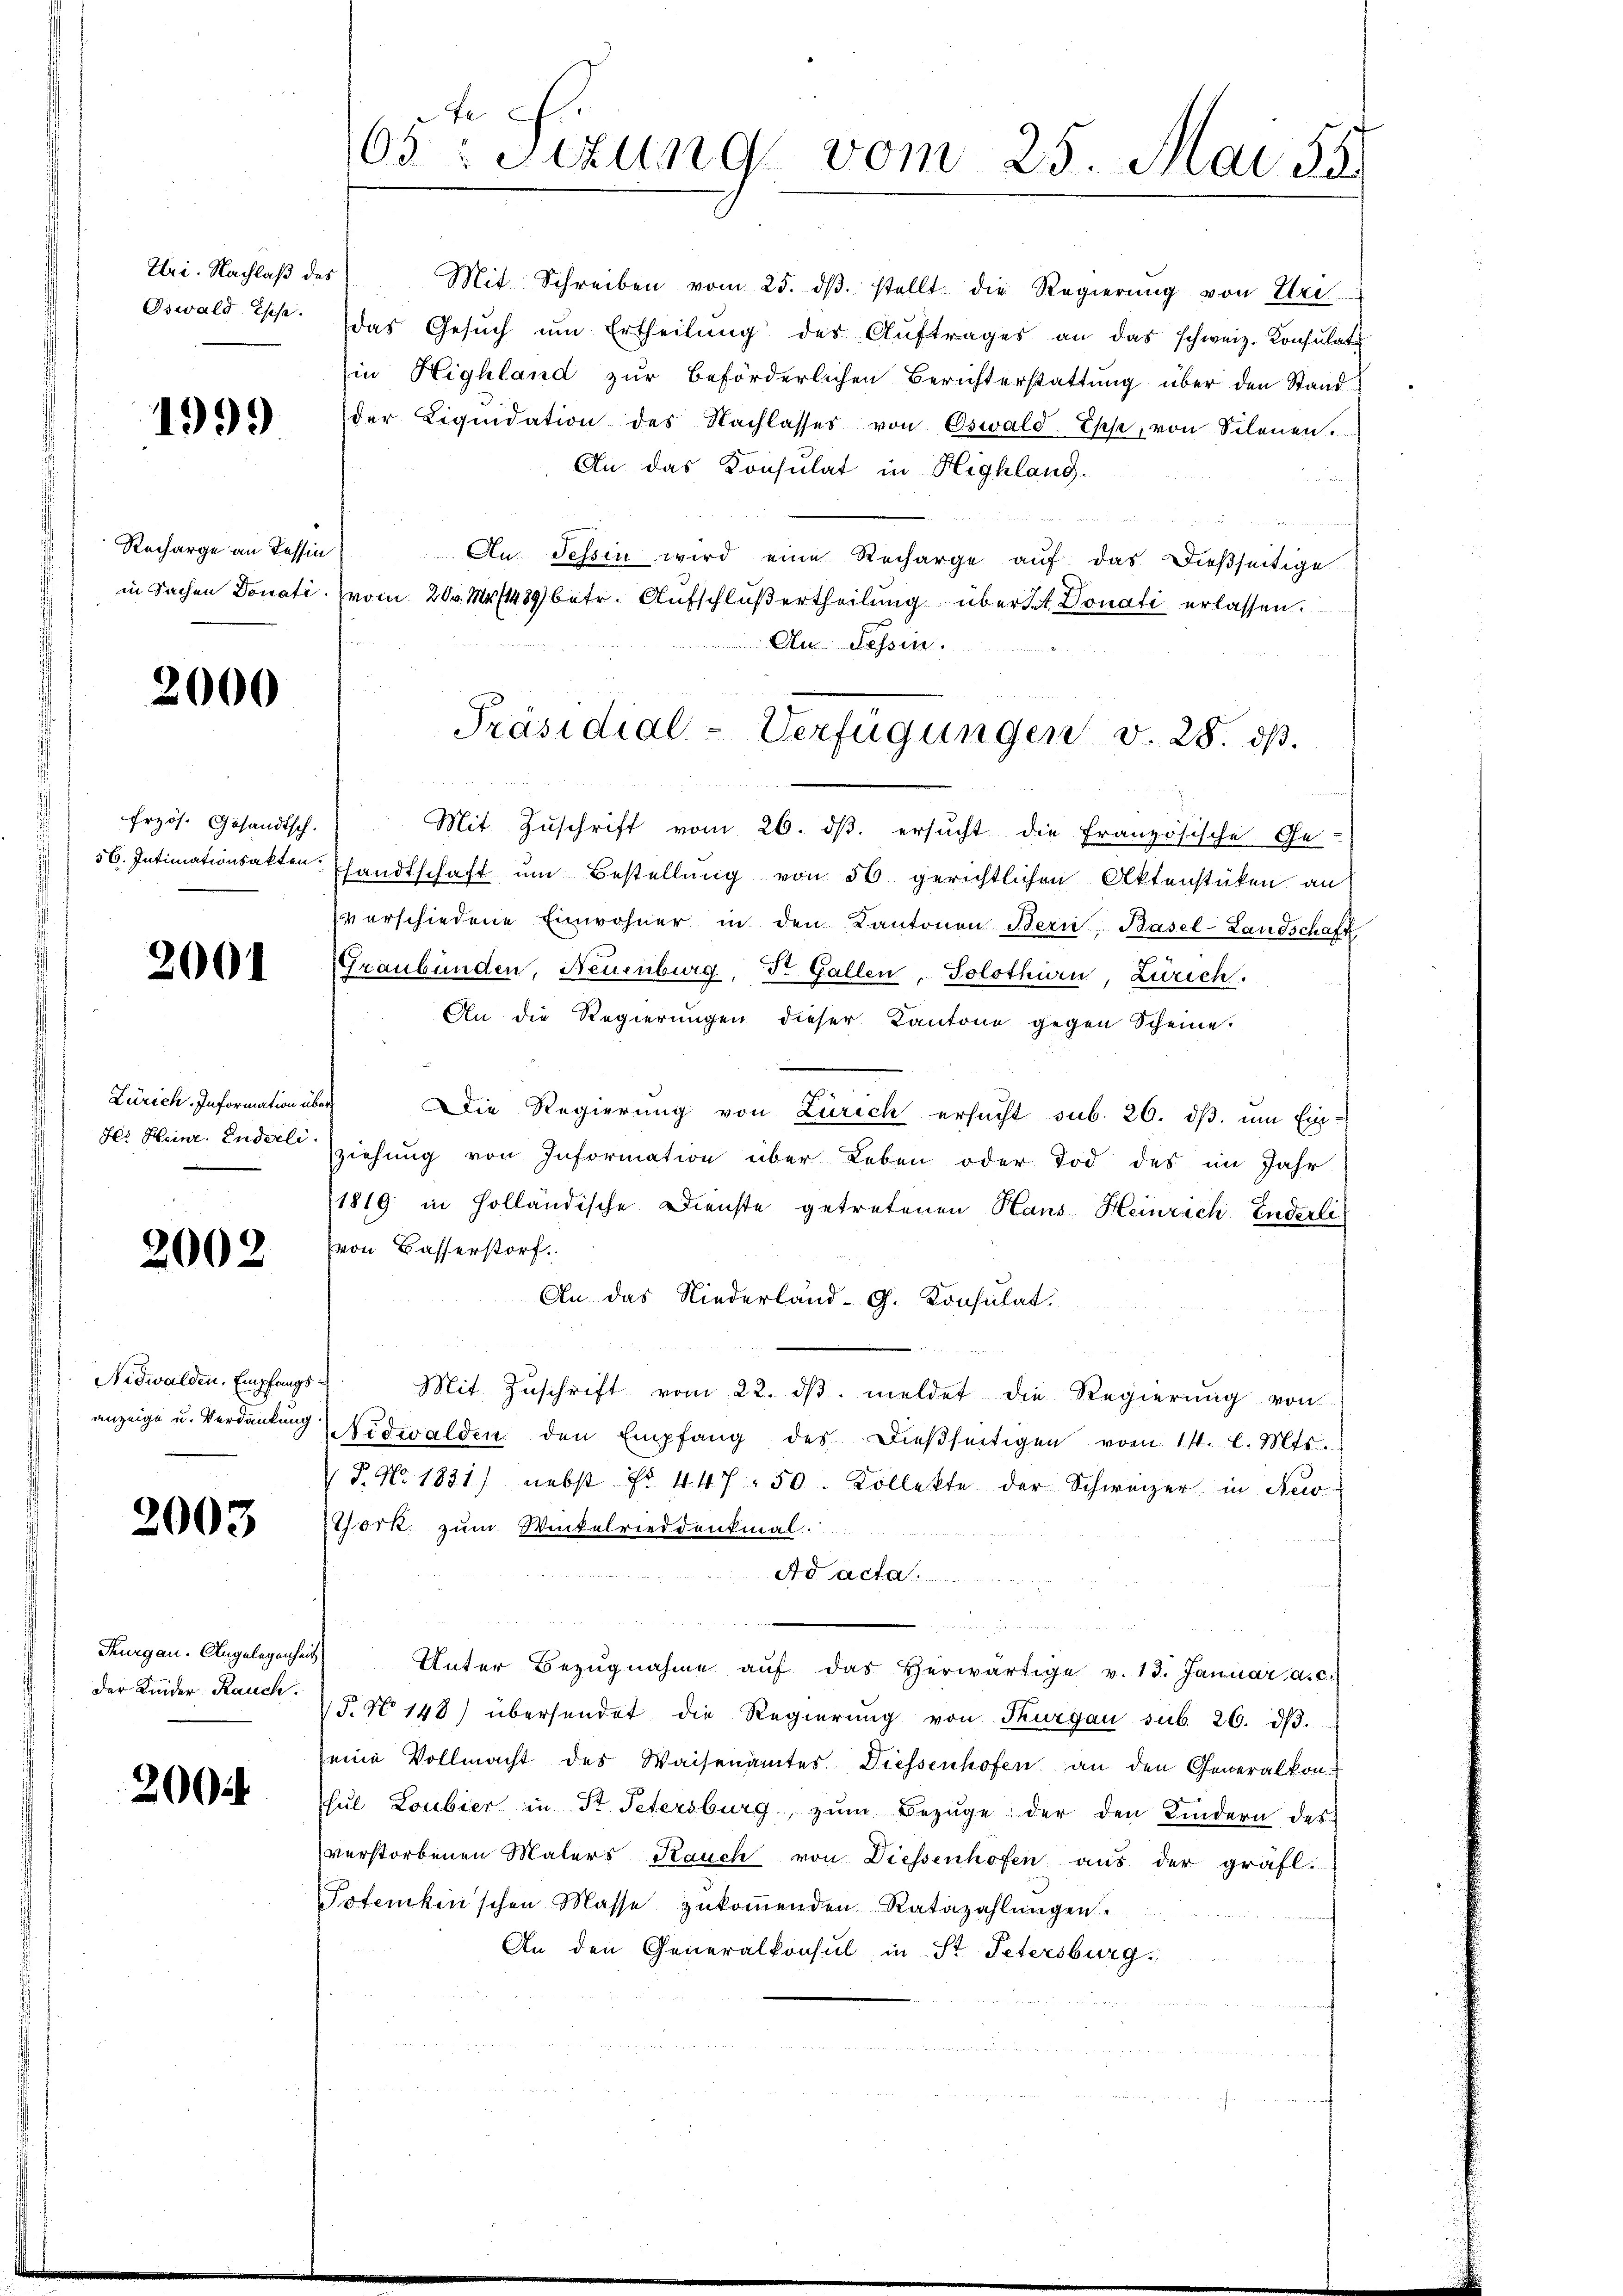
Uri. Nachlaß des
Oswald Esse

1999

Recharge an Tessin

2000

frzös. Gesandtsch.

2001

Zürich. Information über
Her Heine, Enderli.

2002

Nidwalden, Empfangs
anzeige u. Verdankung

2003

Der Kinder Rauch.

20

Mit Schreiben vom 25. dβ. stellt die Regierŭng von Uri
das Gesŭch ŭm Ertheilŭng des Aŭftrages an das schweiz. Konsulate
in Highland zur Beförderlichen Berichterstattung über den Stand
der Liqŭidation des Nachlasses von Oswald-Eppe, von Scheuen.
An das Konsulat in Highlang.

An Tessin wird eine Recharge auf das dießseitige
in Sachen Donati vom 20. No 11489 betr. Aufschluß ertheilung überat Donati erlassen.
An Tessin.
 1112
Mit Zuschrift vom 26. ds. ersucht die Französische Ge-
56. Intimationsakten handtschaft um Bestellung von 50 gerichtlichen Aktenstüken an
verschiedene Einwohner in den Kantonen Bern, Basel-Landschaft
Graubünden, Neuenburg, Dr. Gallen, Solothurn, Zürich.
An die Regierŭngen dieser Kantone gegen Scheine.
Die Regierung von Zürich ersucht sub. 26. ds. um Ein-
ziehung von Information über Leben oder Tod des im Jahr
1819 in Holländische Dienste getretenen Haus Heinrich Enderli
von Basserstorf.
An das Niederland. G. Konsulat
Mit Zuschrift vom 22. dβ meldet die Regierung von
Nidwalden den Empfang des dießseitigen vom 11. l. Mts.
V P. Nr. 1831) nebst No. 447. 50. Kollekte der Schweizer in Ner
York zum Winkelrieddenkmal
Ad acta

eude heute der verweite die Rechte seiner weiten
Thurgau. Angelegenches Unter Bezŭgnahme aŭf das herwärtige v. 13. Januar a. c.
15. No 148) übersendet die Regierŭng von Thurgau sub. 26. dβ.
eine Vollmacht des Waisenamtes Diessenhofen an den Generalkon-
JJul. Loubier in St. Petersburg, zum Bezuge der den Kindern des
verstorbenen Malers Rauch von Diessenhofen aus der gräfl.
Totenkenschen Masse zŭkoṁenden Ratazahlŭngen.
An den Generalkonsul in St. Petersburg,

65ten Sizung vom 25. Mai 35.

Präsidial-Verfügungen v. 28. ds.